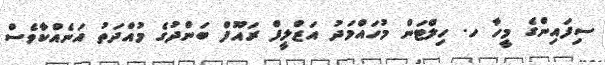
ސިފައިންގެ މީހާ ހ. ހިލްޓަން މުހައްމަދު އަޒްލީފް ރައޫފް ބަންދުގެ މުއްދަތު އަނެއްކާވެސް